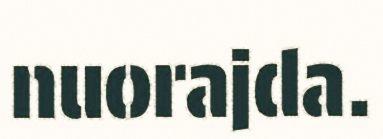
nuorajda.